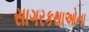
સાગરકથાઓના